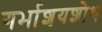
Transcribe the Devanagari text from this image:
गर्भाशयशोथ